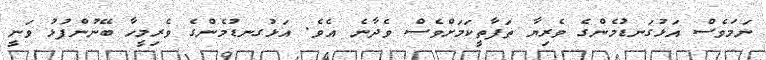
ނަމަވެސް އަޅުގަނޑުމެންގެ ވެރިޔާ ތަފާތީކަމަށްވެސް ވެދާނެ އެވެ. އަޅުގނޑުމެންގެ ވެރިމީހާ ބޭނުންފުޅު ވަނީ